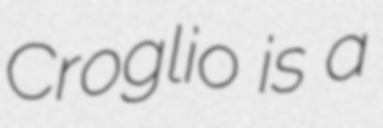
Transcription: Croglio is a